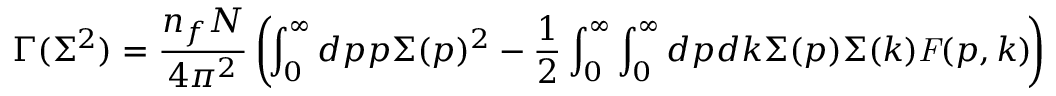
\Gamma ( \Sigma ^ { 2 } ) = \frac { { n _ { f } } N } { 4 \pi ^ { 2 } } \left( \! \int _ { 0 } ^ { \infty } d p p \Sigma ( p ) ^ { 2 } - \frac { 1 } { 2 } \int _ { 0 } ^ { \infty } \int _ { 0 } ^ { \infty } d p d k \Sigma ( p ) \Sigma ( k ) \mathit { F } ( p , k ) \! \right) { }